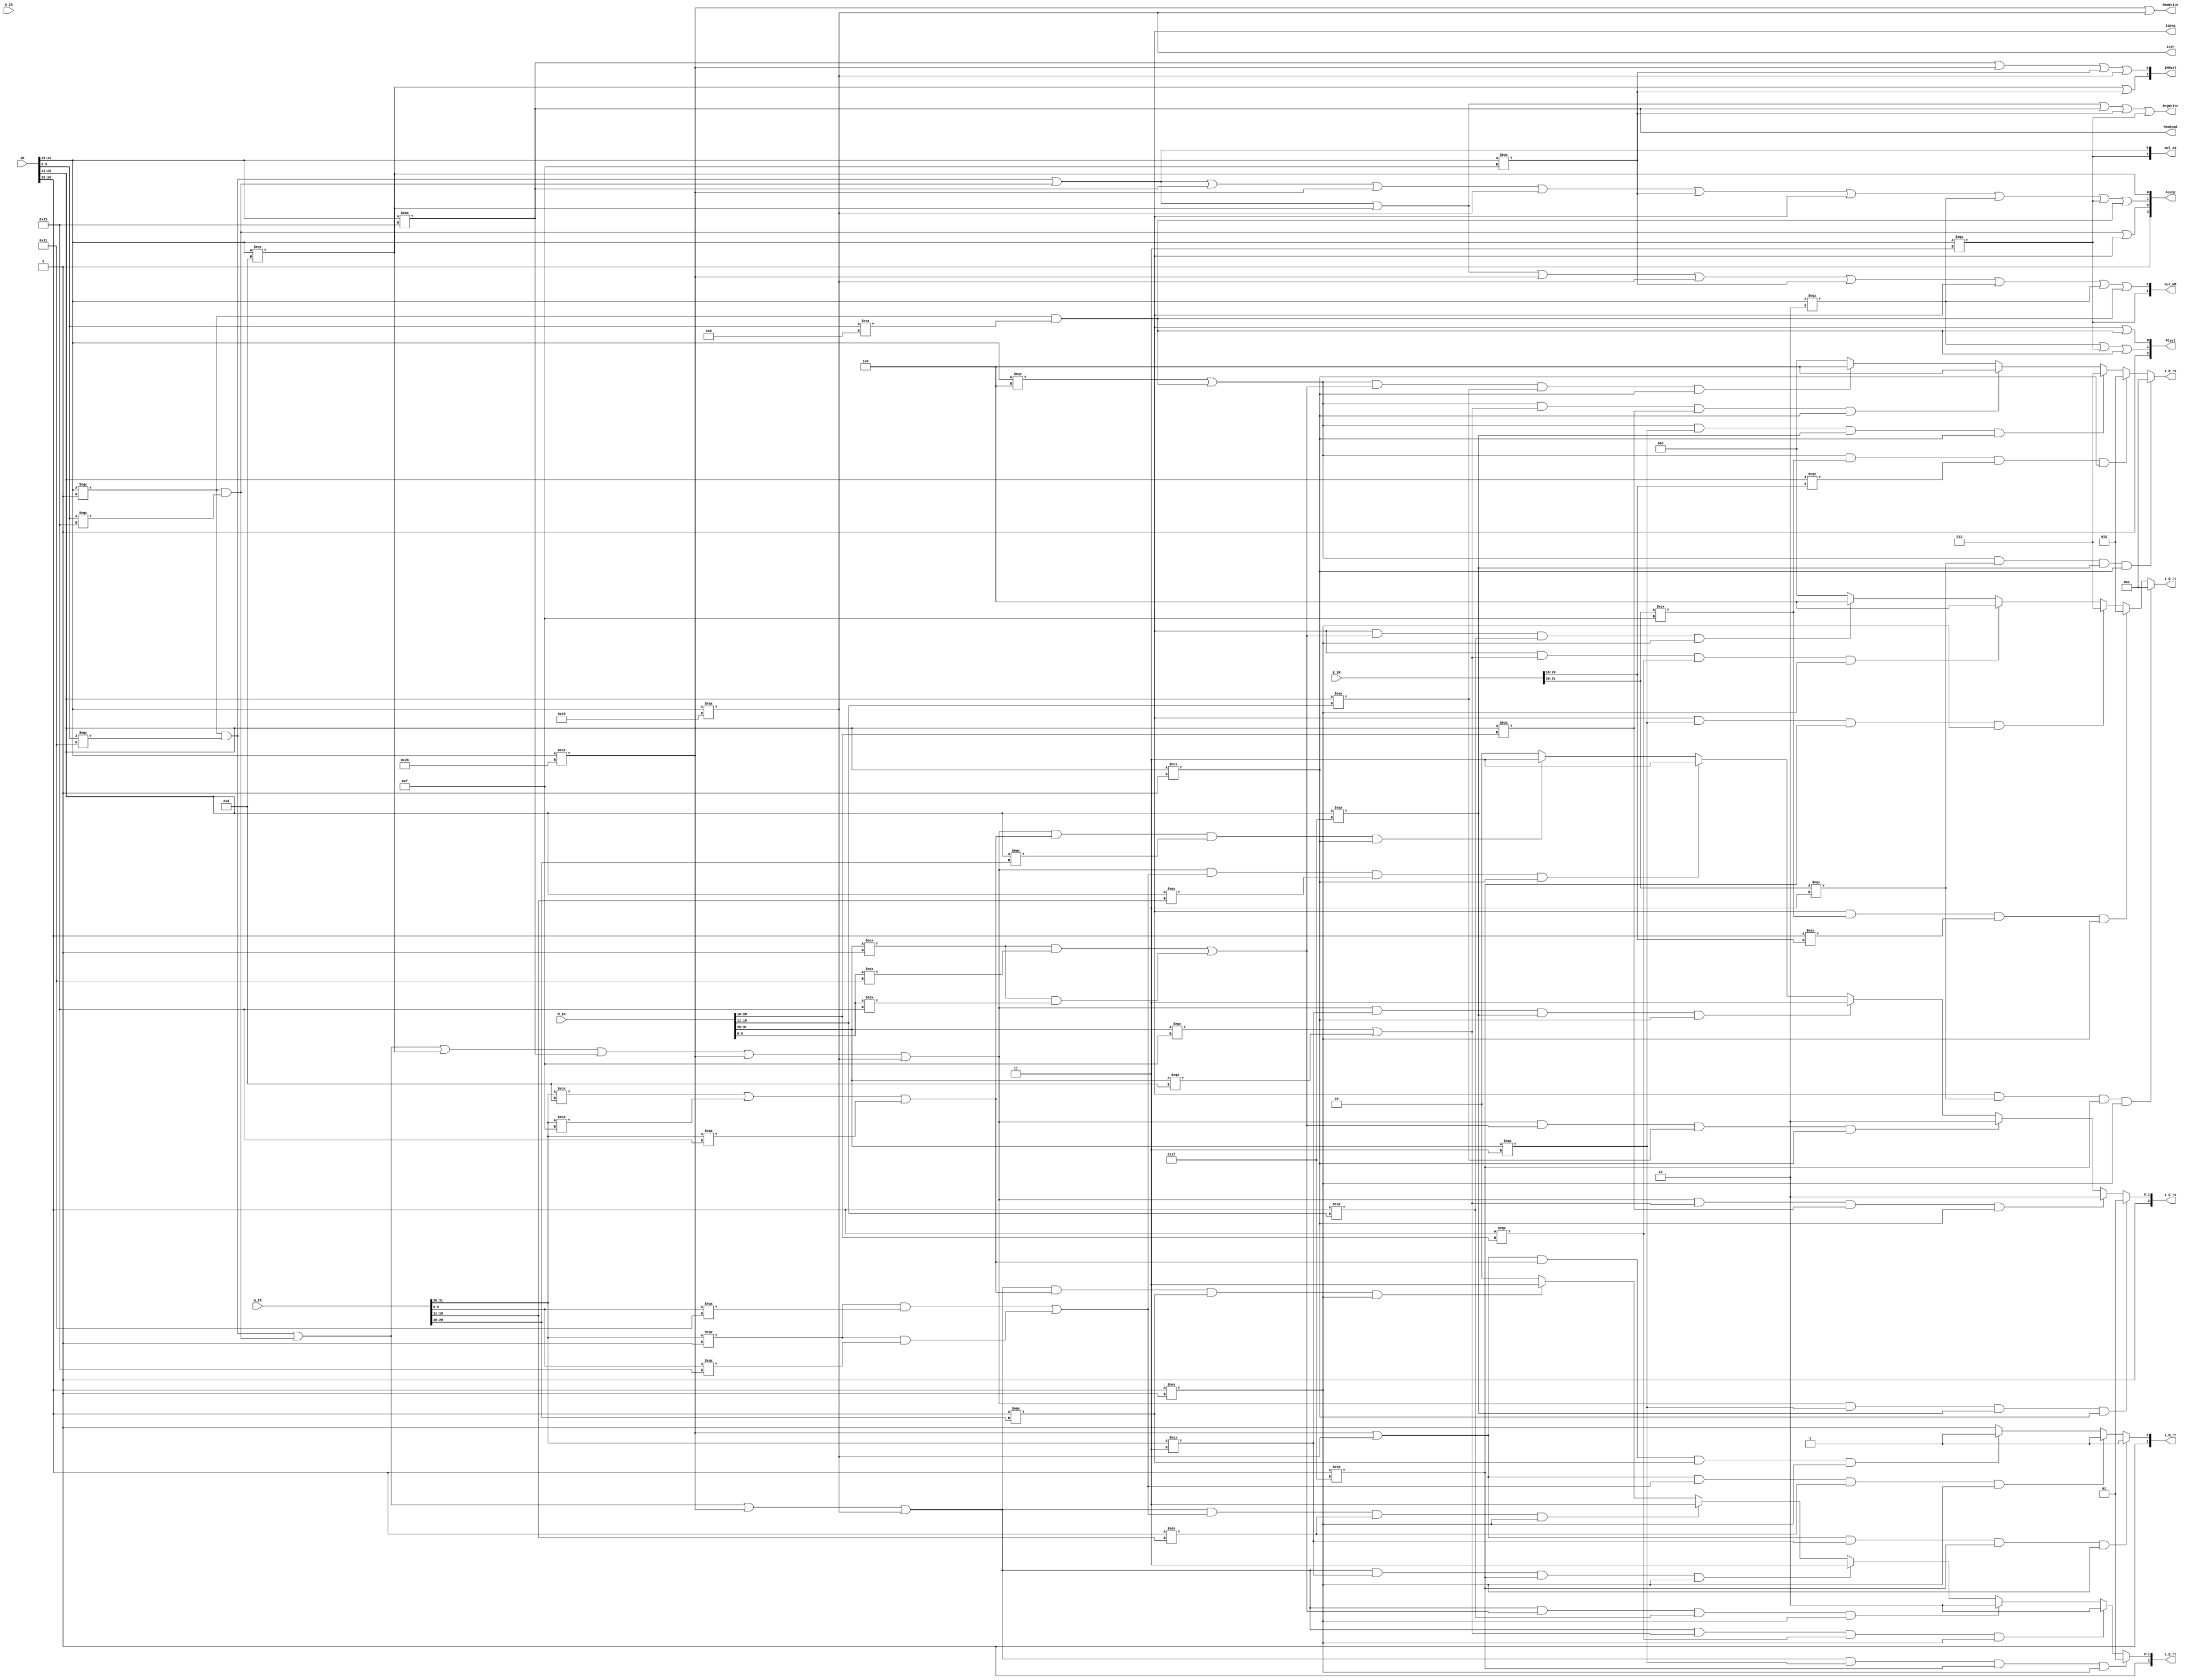
`timescale 1ns / 1ps
//////////////////////////////////////////////////////////////////////////////////
// Company: 
// Engineer: 
// 
// Design Name: 
// Module Name:    controller 
// Project Name: 
// Target Devices: 
// Tool versions: 
// Description: 
//
// Dependencies: 
//
// Revision: 
// Revision 0.01 - File Created
// Additional Comments: 
//
//////////////////////////////////////////////////////////////////////////////////
module controller(
	input [31:0] IR,
    input [31:0] D_IR,
    input [31:0] E_IR,
    input [31:0] M_IR,
    input [31:0] W_IR,
    output isbeq,
    output RegWrite,
    output MemRead,
    output MemWrite,
    output [1:0] IMMsel,
    output [2:0] PCsel,
    output [3:0] ALUop,
    output [1:0] mul_A3,
    output [1:0] mul_WD,
    output [2:0] z_D_rs,
    output [2:0] z_D_rt,
    output [2:0] z_E_rs,
    output [2:0] z_E_rt,
    output [1:0] z_M_rt,
	 output issh
    );
	wire [5:0] op;
	wire [5:0] func;
	wire [4:0] rs;
	wire [4:0] rt;
	wire addu;
	wire subu;
	wire ori;
	wire lw;
	wire sw;
	wire lui;
	wire beq;
	wire j;
	wire jal;
	wire jr;
	wire sh;
	
	wire jal_E;
	wire lui_E;
	wire [4:0]rt_E;
	
	wire lui_M;
	wire jal_M;
	wire addu_M;
	wire subu_M;
	wire ori_M;
	wire [4:0]rs_M;
	wire [4:0]rt_M;
	wire [4:0]rd_M;
	
	wire jal_W;
	wire addu_W;
	wire subu_W;
	wire ori_W;
	wire lui_W;
	wire lw_W;
	wire [4:0]rs_W;
	wire [4:0]rt_W;
	wire [4:0]rd_W;
	
	assign op = IR[31:26];
	assign func= IR[5:0];
	assign rs = IR[25:21];
	assign rt = IR[20:16];
	
	assign jal_E = (E_IR[31:26] === 6'b000011);
	assign lui_E = (E_IR[31:26] === 6'b001111);
	assign rt_E = E_IR[20:16];
	
	assign rs_M = M_IR[25:21];
	assign rt_M = M_IR[20:16];
	assign rd_M = M_IR[15:11];
	assign lui_M = (M_IR[31:26] === 6'b001111);
	assign jal_M = (M_IR[31:26] === 6'b000011);
	assign addu_M = (M_IR[31:26] === 6'b000000 && M_IR[5:0] === 6'b100001);
	assign subu_M = (M_IR[31:26] === 6'b000000 && M_IR[5:0] === 6'b100011);
	assign ori_M = (M_IR[31:26] === 6'b001101);

	assign rs_W = W_IR[25:21];
	assign rt_W = W_IR[20:16];
	assign rd_W = W_IR[15:11];
	assign lui_W = (W_IR[31:26] === 6'b001111);
	assign jal_W = (W_IR[31:26] === 6'b000011);
	assign addu_W = (W_IR[31:26] === 6'b000000 && W_IR[5:0] === 6'b100001);
	assign subu_W = (W_IR[31:26] === 6'b000000 && W_IR[5:0] === 6'b100011);
	assign ori_W = (W_IR[31:26] === 6'b001101);
	assign lw_W = (W_IR[31:26] === 6'b100011);
	
	assign addu = (op === 6'b000000 && func === 6'b100001);
	assign subu = (op === 6'b000000 && func === 6'b100011);
	assign ori = (op === 6'b001101);
	assign lw = (op === 6'b100011);
	assign sw = (op === 6'b101011);
	assign lui = (op === 6'b001111);
	assign beq = (op === 6'b000100);
	assign j = (op === 6'b000010);
	assign jal = (op === 6'b000011);
	assign jr = (op === 6'b000000 && func === 6'b001000);
	
	assign sh = (op === 6'b101001);
	assign issh = sh;
	
	assign isbeq = beq;
	assign RegWrite = addu | subu | ori | lw | lui | jal;
	assign MemRead = lw;
	assign MemWrite = sw | sh;
	assign IMMsel[1] = ori | lui;
	assign IMMsel[0] = lw | sw | lui | sh;
	assign PCsel[2] = 0;
	assign PCsel[1] = j | jal | jr;
	assign PCsel[0] = beq | jr;
	assign ALUop[3] = 0;
	assign ALUop[2] = subu | beq;
	assign ALUop[1] = addu | subu | lw | sw | sh | lui | beq | j | jal | jr;
	assign ALUop[0] = ori;
	assign mul_A3[1] = jal;
	assign mul_A3[0] = addu | subu;
	assign mul_WD[1] = jal ;
	assign mul_WD[0] = addu | subu | ori | sw | sh | lui | beq | j | jr ;
	
	assign z_D_rs = ((beq || jr) && jal_E && (rs === 31) && (rs !== 0))?1 :
						((beq || jr) && lui_E && (rs === rt_E) && (rs !== 0))?2 :
						((beq || jr) && jal_M && (rs === 31) && (rs !== 0))?3 :
						((beq || jr) && (lui_M || ori_M)&& (rs === rt_M) && (rs !== 0))?4 :
						((beq || jr) && (addu_M || subu_M) &&(rs === rd_M) && (rs !== 0))?4 : 0;
						
	assign z_D_rt = (beq && jal_E && (rt === 31) && (rt !== 0))?1 :
						(beq && lui_E && (rt === rt_E) && (rt !== 0))?2 :
						(beq && jal_M && (rt === 31) && (rt !== 0))?3 :
						(beq && (lui_M || ori_M) && (rt === rt_M) && (rt !== 0))?4 :
						(beq && (addu_M || subu_M) && (rt === rd_M) && (rt !== 0))?4 : 0;
						
	assign z_E_rs = ((addu || subu || ori || lw || sw || sh) && jal_M && (rs === 31) && (rs !== 0))?1 :
						((addu || subu || ori || lw || sw || sh) && (lui_M || ori_M) && (rs === rt_M) && (rs !== 0))?2 :
						((addu || subu || ori || lw || sw || sh) && (addu_M || subu_M) && (rs === rd_M) && (rs !== 0))?2 :
						((addu || subu || ori || lw || sw || sh) && jal_W && (rs === 31) && (rs !== 0))?3 :
						((addu || subu || ori || lw || sw || sh) && (addu_W || subu_W) && (rs === rd_W) && (rs !== 0))?3 :
						((addu || subu || ori || lw || sw || sh) && (ori_W || lui_W || lw_W) && (rs === rt_W) && (rs !== 0))?3: 0;						
	
	assign z_E_rt = ((addu || subu || sw || sh) && jal_M && (rt === 31) && (rt !== 0))?1 :
						((addu || subu || sw || sh) && (lui_M || ori_M) && (rt === rt_M) && (rt !== 0))?2 :
						((addu || subu || sw || sh) && (addu_M || subu_M) && (rt === rd_M) && (rt !== 0))?2 :
						((addu || subu || sw || sh) && jal_W && (rt === 31) && (rt !== 0))?3 :
						((addu || subu || sw || sh) && (addu_W || subu_W) && (rt === rd_W) && (rt !== 0))?3 :
						((addu || subu || sw || sh) && (ori_W || lui_W || lw_W) && (rt === rt_W) && (rt !== 0))?3: 0;
						
	assign z_M_rt = ((sw || sh) && jal_W && (rt === 31) && (rt !== 0))?1:
						((sw || sh) && (addu_W || subu_W) && (rt === rd_W) && (rt !== 0))?1 :
						((sw || sh) && (ori_W || lui_W || lw_W) && (rt === rt_W) && (rt !== 0))?1: 0;
	
endmodule